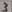
Text: 3